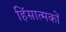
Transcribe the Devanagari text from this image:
हिंसात्मकों